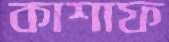
কাশাফ